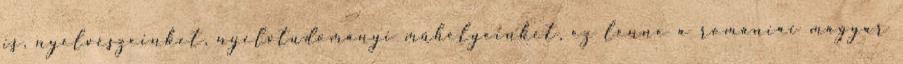
is, nyelvészeinket, nyelvtudományi műhelyeinket, ez lenne a romániai magyar